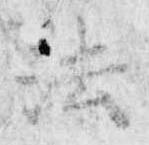
法